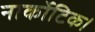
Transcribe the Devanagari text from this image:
नार्कोटिक।